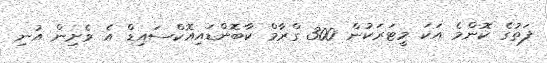
ފަތުގެ ކޮންމެ އަކަ މީޓަރަކުން 300 ގްރާމް ކާބޮންޑައިއޮކްސައިޑް އެ ވެށިން އުނި